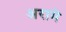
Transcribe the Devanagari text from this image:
अरामे